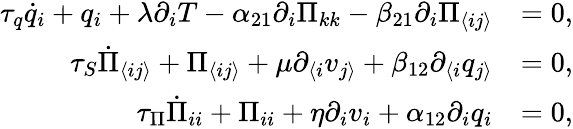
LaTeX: \begin{array}{rl}{\tau_{q}\dot{q}_{i}+q_{i}+\lambda\partial_{i}T-\alpha_{21}\partial_{i}\Pi_{kk}-\beta_{21}\partial_{i}\Pi_{\langle ij\rangle}}&{=0,}\\ {\tau_{S}\dot{\Pi}_{\langle ij\rangle}+\Pi_{\langle ij\rangle}+\mu\partial_{\langle i}v_{j\rangle}+\beta_{12}\partial_{\langle i}q_{j\rangle}}&{=0,}\\ {\tau_{\Pi}\dot{\Pi}_{ii}+\Pi_{ii}+\eta\partial_{i}v_{i}+\alpha_{12}\partial_{i}q_{i}}&{=0,}\end{array}